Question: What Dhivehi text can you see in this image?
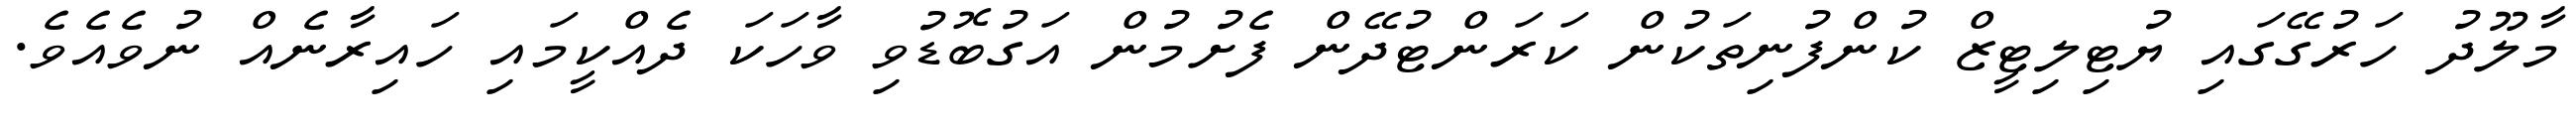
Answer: މާލޫދު ހަރުގޭގައި ޔުޓިލިޓީޒް ކުންފުނިތަކުން ކަރަންޓުދޭން ފެށުމުން އަގުބޮޑުވި ވާހަކަ ދެއްކީމައި ހައިރާނެއް ނުވެއެވެ.